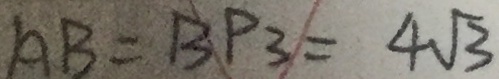
A B = B P _ { 3 } = 4 \sqrt { 3 }